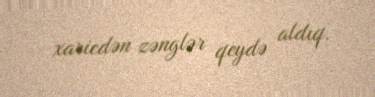
xaricdən zənglər qeydə aldıq.